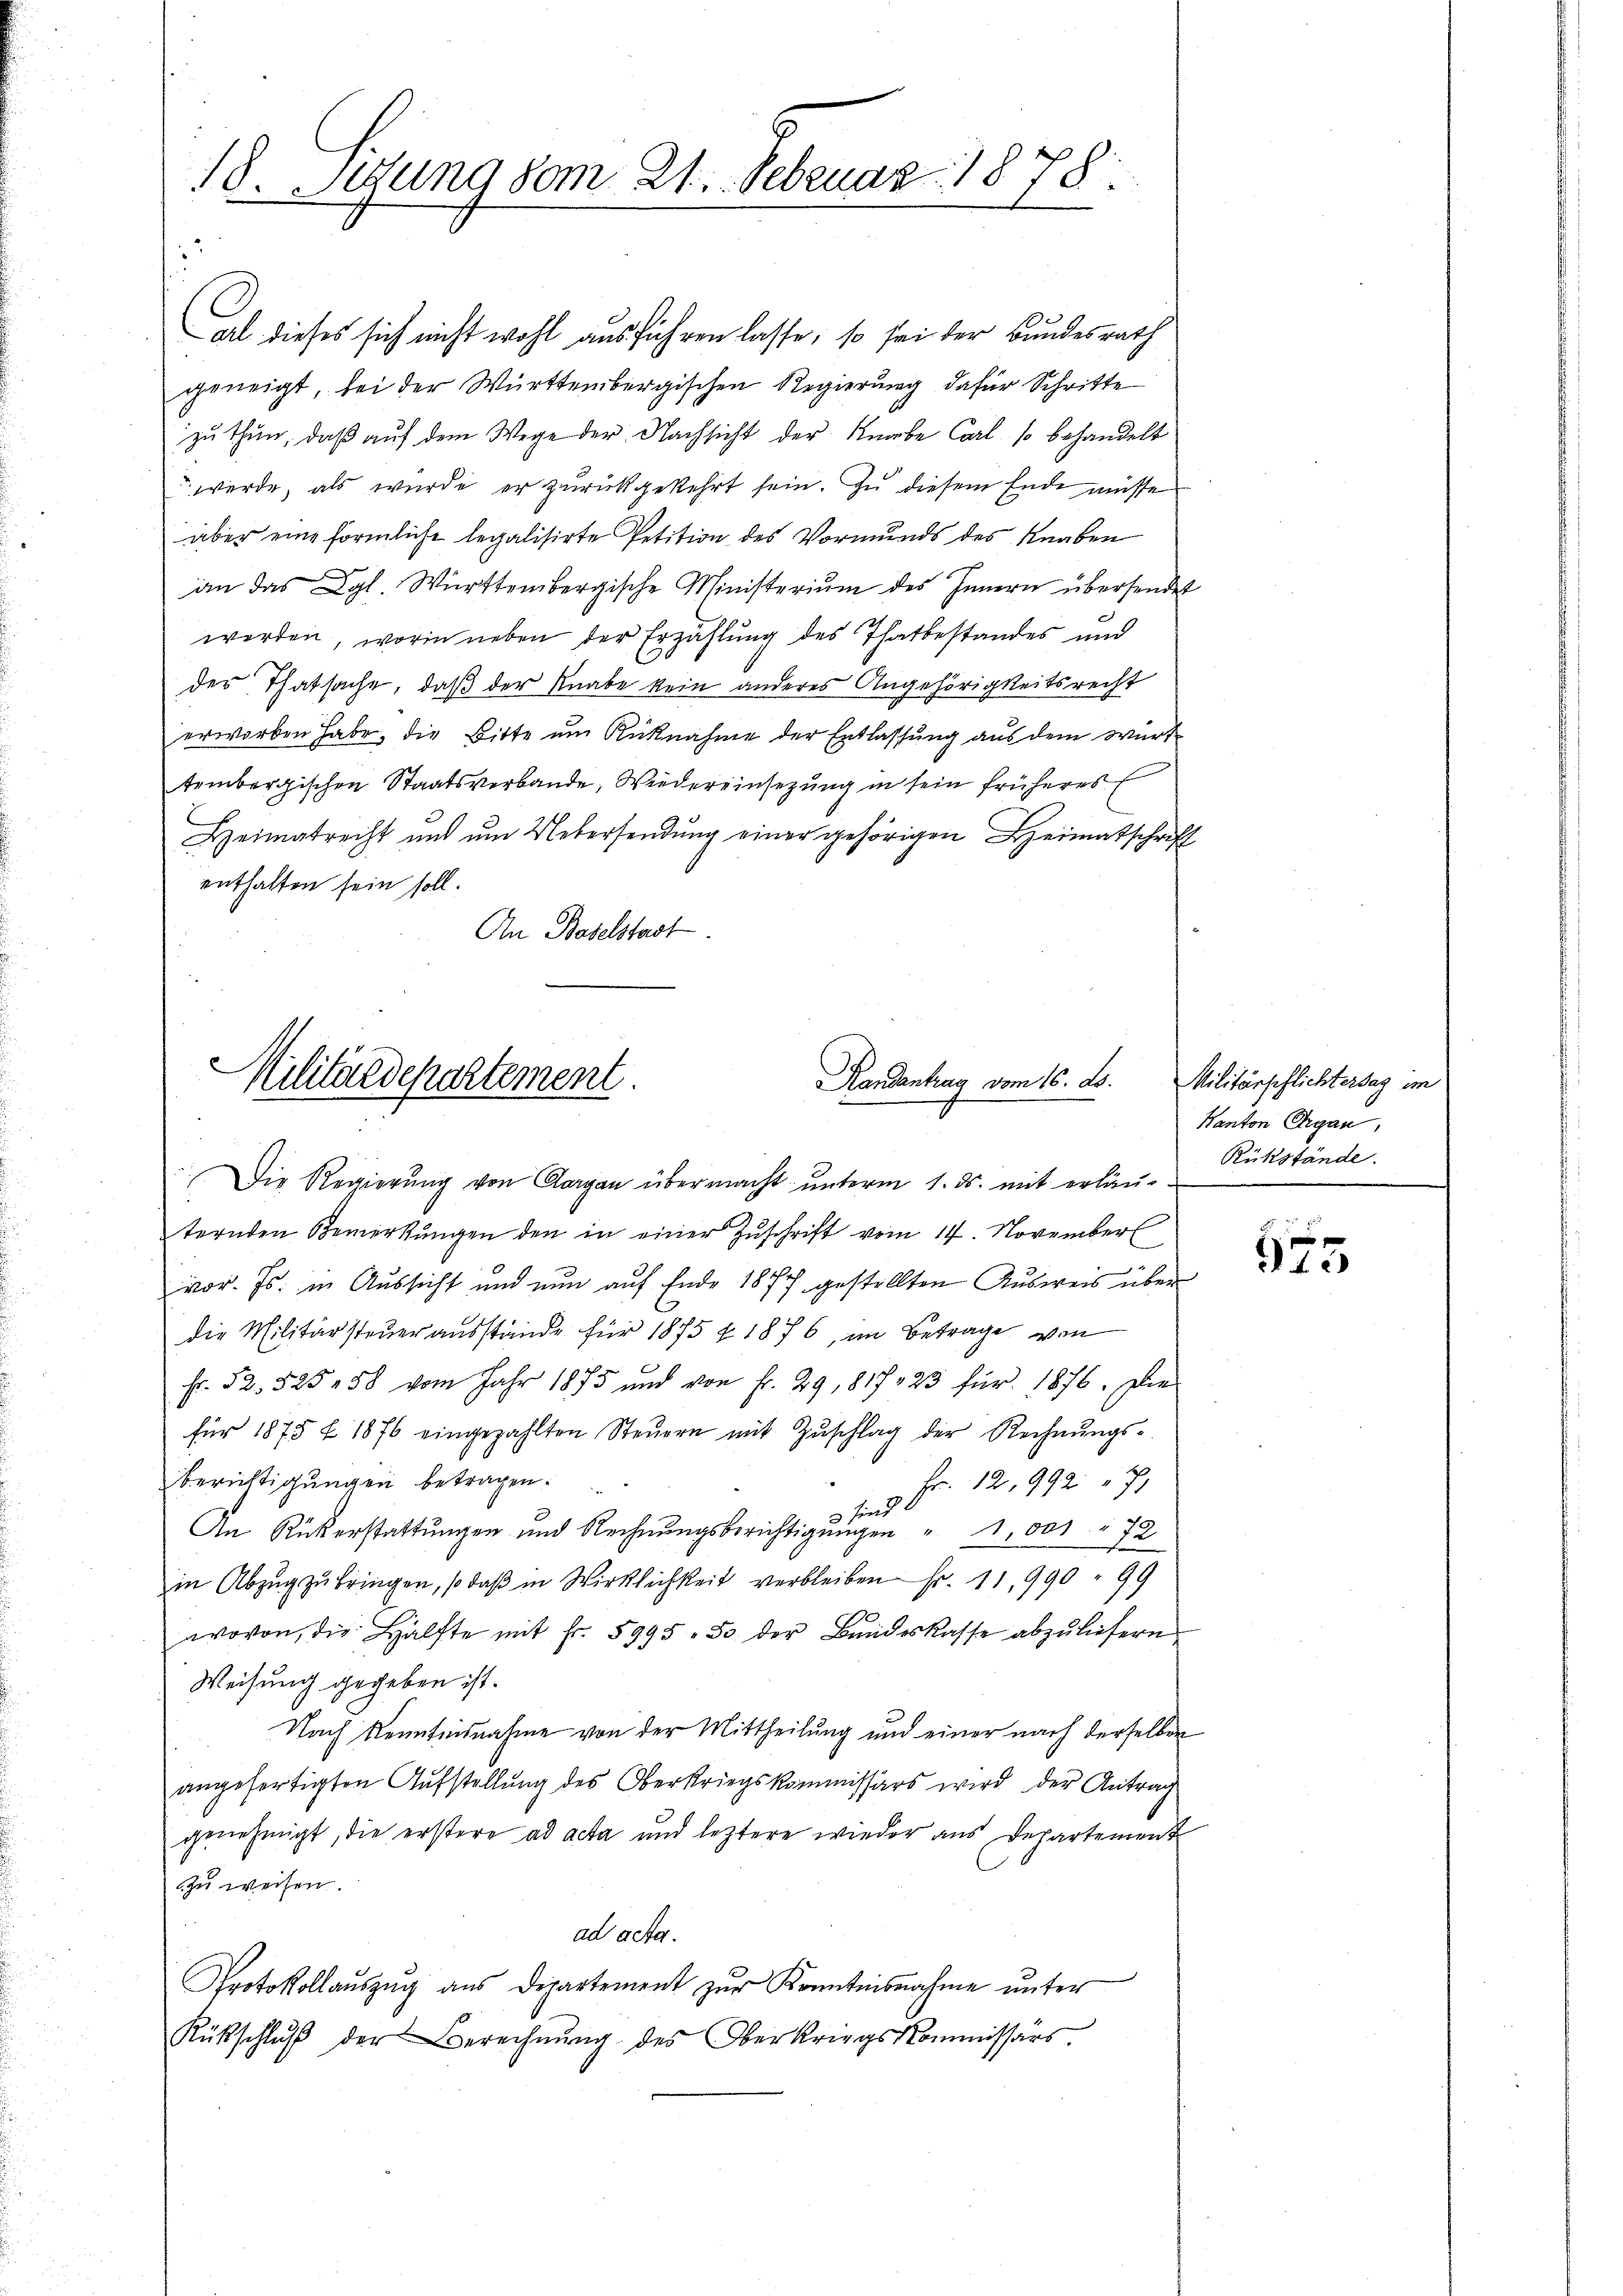
al dieses sich nicht wohl ausführen lasse, so sei der Bundesrath
geneigt, bei der Württembergischen Regierung dafür Schritte
zu thun, daß auf dem Wege der Nachsicht der Knabe Carl, so behandelt
 werde, als wurde er zurückgekehrt sein. Zu diesem Ende müsse
aber eine förmliche legalisirte Petition des Vormunds des Knaben
an das Kgl. Württembergische Ministeriŭm des Innern übersendet
werden, worin neben der Erzählung des Thatbestandes und
der Thatsache, daß der Knabe kein anderes Angehörigkeitsrecht
erworben habe, die Bitte ŭm Rücknahme der Entlassŭng aus dem Würt
tembergischen Staatsverbande, Wiedereinsezung in sein früheres
Heimatrecht und um Uebersendung einer gehörigen Heimatschrift
enthalten sein soll.
An Baselstadt

18. Sitzung vom 21. Februar 1878.

Randantrag vom 16. ds.
Militärdepartement.
Die Regierŭng von Aargau übermacht ŭnterm 1. ds. mit erläu-

ternden Bemerkŭngen den in einer Zŭschrift vom 14. November
vor. Js. in Aussicht und nun auf Ende 1877 gestellten Ausweis über
die Militärsteuerausstände für 1875 f 1876, im Betrage von
Fr. 52. 525 258 vom Jahr 1875 und von Fr. 29,817, 23 für 1876. Die
für 1875 f 1876 eingezahlten Steŭern mit Zŭschlag der Rechnŭngs-
Berichtigungen betragen.
9 Fr. 12,992. 71
An Rükerstattungen und Rechnungsberichtigungen " 1,000 " 72
in Abzŭg zŭ bringen, so daβ in Wirklichkeit verbleiben Fr. 11,990. 99
wovon, die Hälfte mit Fr. 5995. 50 der Bŭndeskasse abzŭliefern
Weisung gegeben ist.
Nach Kenntnisnahme von der Mittheilung und einer nach derselben
angefertigten Aufstellung des Oberkriegskommissärs wird der Antrag
genehmigt, die erstere ad acta und leztere wieder aus Departement
zu weisen.
ad acta.
e
Protokollaŭszŭg aŭs Departement zŭr Kenntnisnahme ŭnter
Rückschlŭβ der Berechnŭng des Oberkriegskommissars.

Militärpflichtersag im
Kanton Organ
Rükstände.

975